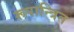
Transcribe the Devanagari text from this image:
रूपान्त्रित